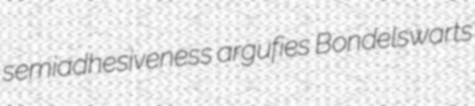
semiadhesiveness argufies Bondelswarts